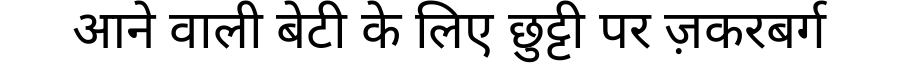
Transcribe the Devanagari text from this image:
आने वाली बेटी के लिए छुट्टी पर ज़करबर्ग